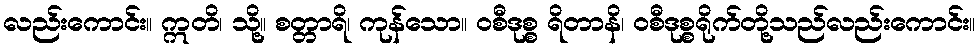
လည်းကောင်း။ ဣတိ၊ သို့။ စတ္တာရိ၊ ကုန်သော။ ဝစီဒုစ္စ ရိတာနိ၊ ဝစီဒုစ္စရိုက်တို့သည်လည်းကောင်း။